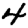
Digit: 4